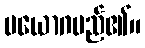
ပယောဂမည်၏။